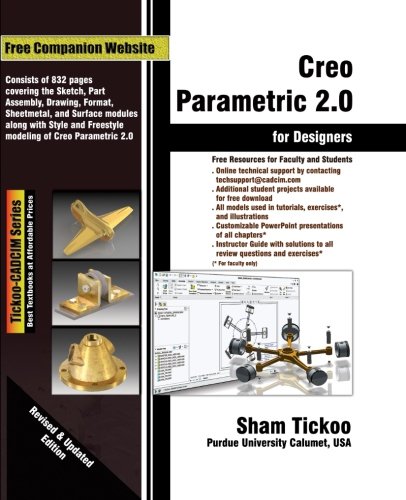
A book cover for Creo Parametric 2.0 for Designers; Prof. Sham Tickoo Purdue Univ.; Engineering & Transportation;